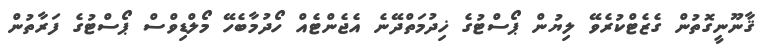
ޤާނޫނީގޮތުން ގެޒެޓްކުރެވޭ ލިޔުން ޕޯސްޓުގެ ޚިދުމަތްދޭނެ އެޖެންޓެއް ހޯދުމާބެހޭ މޯލްޑިވްސް ޕޯސްޓުގެ ފަރާތުން